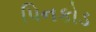
પિનકોડ